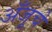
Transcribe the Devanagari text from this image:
अँजूचे